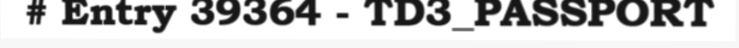
# Entry 39364 - TD3_PASSPORT